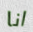
انا